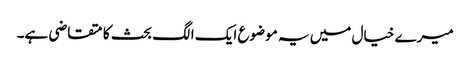
میرے خیال میں یہ موضوع ایک الگ بحث کا متقاضی ہے۔